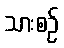
သားစဉ်